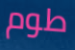
طوم